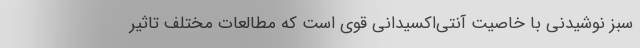
سبز نوشیدنی با خاصیت آنتی‌اکسیدانی قوی است که مطالعات مختلف تاثیر